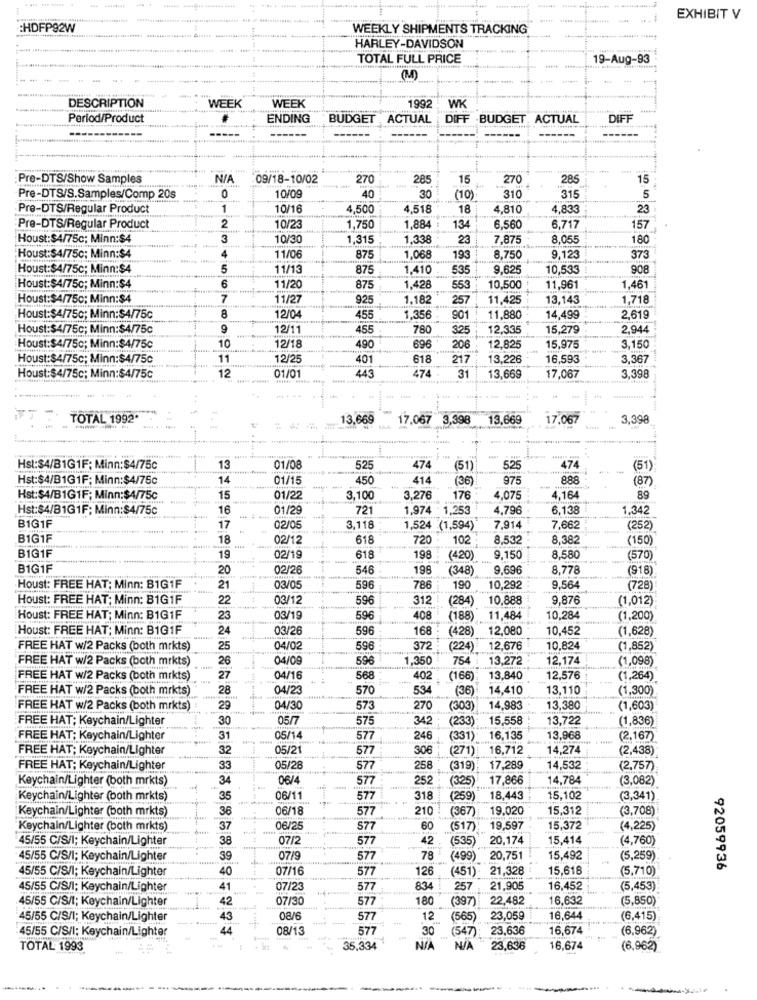
EXHIBIT V
:HDFP92W
WEEKLY SHIPMENTS TRACKING
HARLEY-DAVIDSON
TOTAL FULL PRICE
19-Aug-93
(M)
DESCRIPTION
WEEK
WEEK
1992
WK
Period/Product
ENDING
BUDGET
ACTUAL
DIFF
BUDGET, ACTUAL
DIFF
------
Pre-DTS/Show Samples
09/18-10/02
270
285
15
270
285
15
30
Pre-DTS/S.Samples/Comp 20s
0
10/09
40
(10)
310
315
5
Pre-DTS/Regular Product
1
10/16
.500
.518
18
4,810
4,833
23
Pre-DTS/Regular Product
2
10/23
1,750
1,884
134
6.560
6,717
157
Houst:$4/75c; Minn:$4
3
10/30
1,31
1.338
23
7,875
8,05
180
Houst:$4/75c; Minn:$4
4
11/06
875
1,068
193
8,750
9,123
373
Houst:$4/75c; Minn:$4
5
11/13
875
1.410
535
9,625
10,533
908
Houst:$4/75c; Minn:$4
6
11/20
875
1,428
553
10,500
11,961
1,461
Houst:$4/750; Minn:$4
7
11/27
925
1.182
257
11,425
13,143
1,718
Houst:$4/75c; Minn:$4/75c
8
12/04
455
1.356
501
11,880
14,499
2,61
Houst:$4/75c; Minn:$4/75c
9
12/11
455
780
325
12,335
15,279
2,944
10
12/18
Houst:$4/75c; Minn:$4/75c
490
696
206
12.825
15,975
3,150
Houst:$4/75c; Minn:$4/75c
11
12/25
401
618
217
13,226
16,593
3,367
474
Houst:$4/75c; Minn:$4/75c
12
01/01
443
31
13,669
17,067
3,398
TOTAL 1992
13.66
17,067
3.398
13,669
7.06
3.398
474
Hst:$4/B1G1F: Minn:$4/75c
13
01/08
525
474
(51)
525
(51)
Hst:$4/B1G1F: Minn:$4/75c
14
01/15
450
414
(36)
975
888
(87)
Hst:$4/B1G1F; Minn:$4/75c
15
01/22
3,100
3.276
176
4,075
1.164
89
Hst:$4/B1G1F; Minn:$4/75c
16
01/29
721
1,974 · 1,253
4.796
6,138
1,342
B1G1F
17
02/05
3,118
1,524 (1,594)
7,914
7,662
(252)
B1G1F
18
02/12
618
720
102
8,532
8,382
(150)
BIG1F
19
02/19
618
198
(420
9.150
8,580
(570)
B1G1F
20
02/26
546
198
(348)
9,696
8,778
(918)
Houst: FREE HAT: Minn: B1G1F
21
03/05
596
786
190
10,292
9,564
(728)
Houst: FREE HAT; Minn: B1G1F
22
03/12
596
312
(284)
10,888
9,876
(1,012)
Houst: FREE HAT; Minn: B1G1F
23
03/19
596
408
(188)
11,484
10,284
(1,200)
Houst: FREE HAT; Minn: B1G1F
24
03/26
596
168
(428)
12,080
10,452
(1,628)
FREE HAT w/2 Packs (both mrkts)
25
04/02
596
372
(224)
12,676
10,824
(1,852)
FREE HAT w/2 Packs (both mrkts)
26
04/09
596
1,350
754
13,272
12,174
(1,098)
FREE HAT w/2 Packs (both mrkts)
27
04/16
568
402
(166)
13,840
12,576
(1,264)
FREE HAT w/2 Packs (both mrkts)
28
04/2
570
534
(36)
14,410
13,110
(1,300)
FREE HAT w/2 Packs (both mrkts)
29
04/30
573
270
(303)
14.98€
13,380
(1,603)
FREE HAT; Keychain/Lighter
30
05/7
575
342
(233)
15.558
13,722
(1,836)
FREE HAT: Keychain/Lighter
31
05/14
577
246
(331)
16,135
13,968
(2.167)
FREE HAT; Keychain/Lighter
32
05/21
577
306
(271)
16,712
14,274
(2,438)*
FREE HAT; Keychain/Lighter
33
05/28
577
258
(319) 17,289
14,532
(2,757)
34
06/4
577
252
(325)
17,866
14,784
(3,082)
Keychain/Lighter (both mrkts)
Keychain/Lighter (both mrkts)
35
06/11
577
318
(259)"
18,443
15.102
(3,341).
Keychain/Lighter (both mrkts)
36
06/18
577
210
19.020
15,312
(3,708)!
(367)
Keychain/Lighter (both mrkts)
06/25
S77
60
(517)
19,597
15,372
(4,225)
45/55 C/S/I; Keychain/Lighter
38
07/2
577
42
(535)
20,174
15,414
(4,760)
45/55 C/S/I; Keychain/Lighter
39
07/9
577
78
(499) 20,751
15,492
(5,259)
45/55 C/S/I; Keychain/Lighter
40
07/16
577
126
(451)- 21,328
15,618
(5.710)
92059936
45/55 C/S/I; Keychain/Lighter
41
07/23
577
834
257
21,905
16,452
(5,453)
45/55 C/S/I; Keychain/Lighter
42
07/30
577
180
(397) 22.482
16,632
(5,850)
45/55 C/S/1; Keychain/Lighter
43
08/6
577
12
(565)
23,059
16,644
(6,415)
45/55 C/S/I: Keychain/Lighter
08/13
577
30
(547)
23,636
16,674
(6,962)
TOTAL: 1993
35.334
23,636
16,674
(6,962)